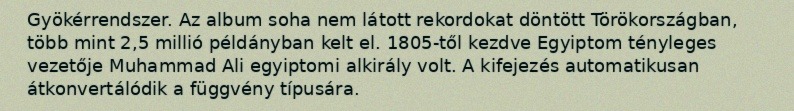
Gyökérrendszer. Az album soha nem látott rekordokat döntött Törökországban, több mint 2,5 millió példányban kelt el. 1805-től kezdve Egyiptom tényleges vezetője Muhammad Ali egyiptomi alkirály volt. A kifejezés automatikusan átkonvertálódik a függvény típusára.